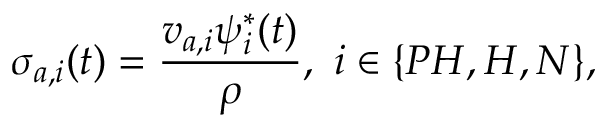
\sigma _ { a , i } ( t ) = \frac { v _ { a , i } \psi _ { i } ^ { * } ( t ) } { \rho } , \ i \in \{ P H , H , N \} ,